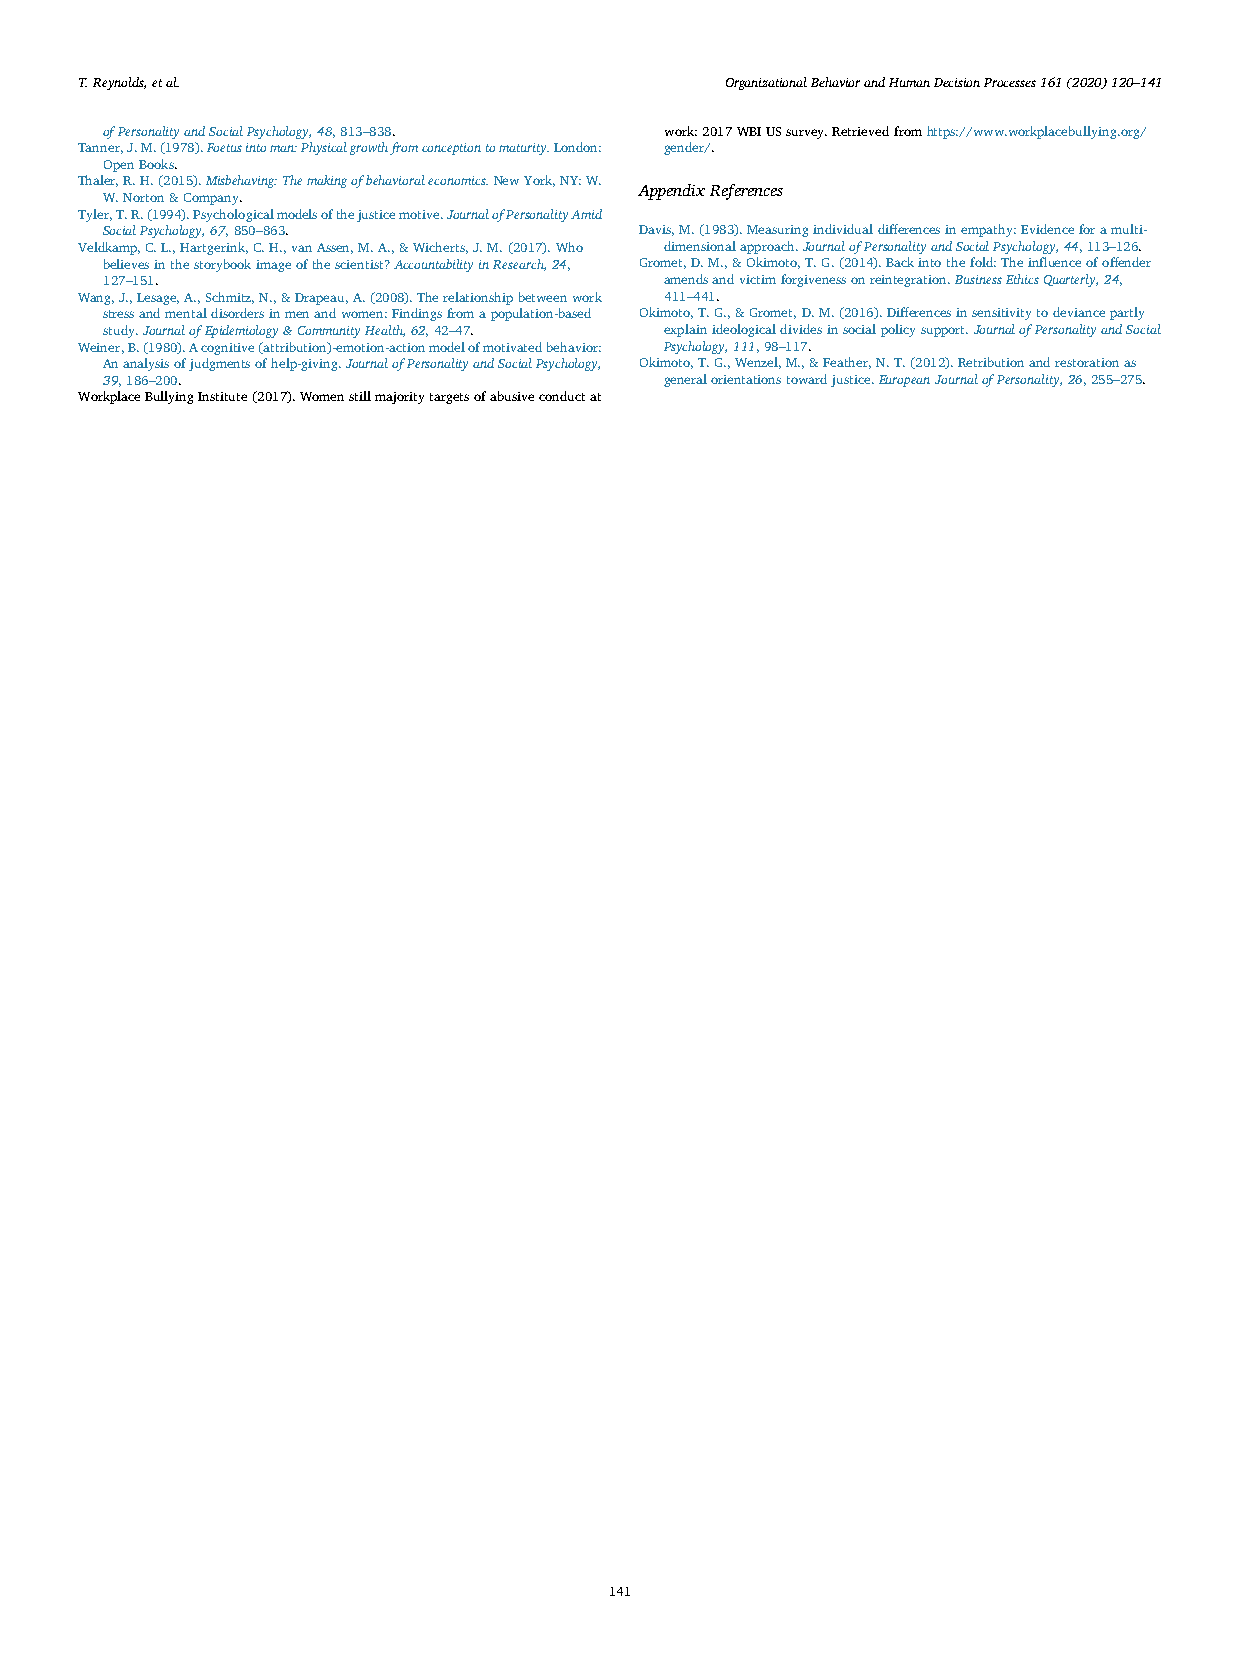
T.Reynolds,etal.                           Organizational Behavior and Human Decision Processes 161 (2020) 120–141
 ofPersonalityandSocialPsychology,48,813–838. work:2017WBIUSsurvey.Retrievedfromhttps://www.workplacebullying.org/
 Tanner,J.M.(1978).Foetusintoman:Physicalgrowthfromconceptiontomaturity.London: gender/.
 OpenBooks.
 Thaler,R.H.(2015).Misbehaving:Themakingofbehavioraleconomics.NewYork,NY:W.
 AppendixReferences
 W.Norton&Company.
 Tyler,T.R.(1994).Psychologicalmodelsofthejusticemotive.JournalofPersonalityAmid
 SocialPsychology,67,850–863.       Davis,M.(1983).Measuringindividualdifferencesinempathy:Evidenceforamulti-
 Veldkamp,C.L.,Hartgerink,C.H.,vanAssen,M.A.,&Wicherts,J.M.(2017).Who dimensionalapproach.JournalofPersonalityandSocialPsychology,44,113–126.
 believesinthestorybookimageofthescientist?AccountabilityinResearch,24, Gromet,D.M.,&Okimoto,T.G.(2014).Backintothefold:Theinfluenceofoffender
 127–151.                             amendsandvictimforgivenessonreintegration.BusinessEthicsQuarterly,24,
 Wang,J.,Lesage,A.,Schmitz,N.,&Drapeau,A.(2008).Therelationshipbetweenwork 411–441.
 stressandmentaldisordersinmenandwomen:Findingsfromapopulation-based Okimoto,T.G.,&Gromet,D.M.(2016).Differencesinsensitivitytodeviancepartly
 study.JournalofEpidemiology&CommunityHealth,62,42–47. explainideologicaldividesinsocialpolicysupport.JournalofPersonalityandSocial
 Weiner,B.(1980).Acognitive(attribution)-emotion-actionmodelofmotivatedbehavior: Psychology,111,98–117.
 Ananalysisofjudgmentsofhelp-giving.JournalofPersonalityandSocialPsychology, Okimoto,T.G.,Wenzel,M.,&Feather,N.T.(2012).Retributionandrestorationas
 39,186–200.                          generalorientationstowardjustice.EuropeanJournalofPersonality,26,255–275.
 WorkplaceBullyingInstitute(2017).Womenstillmajoritytargetsofabusiveconductat
 141